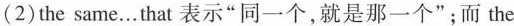
(2)the same...that 表示"同一个,就是那一个";而 the